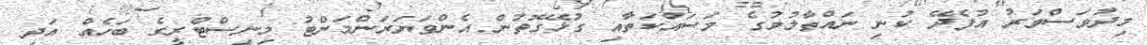
މިދުވަސްވަރު އުފެދޭ ކުނި ނައްތާލުމުގެ މަސައްކަތާއި ގުޅޭގޮތުން އެންވަޔަރަންމަންޓު މިނިސްޓްރީގެ ބަހެއް އަދި